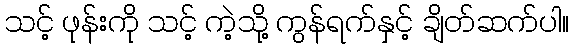
သင့် ဖုန်းကို သင့် ကဲ့သို့ ကွန်ရက်နှင့် ချိတ်ဆက်ပါ။